Lunatic asylums Burma 1907-21 - 1907-1921
Year: 1907
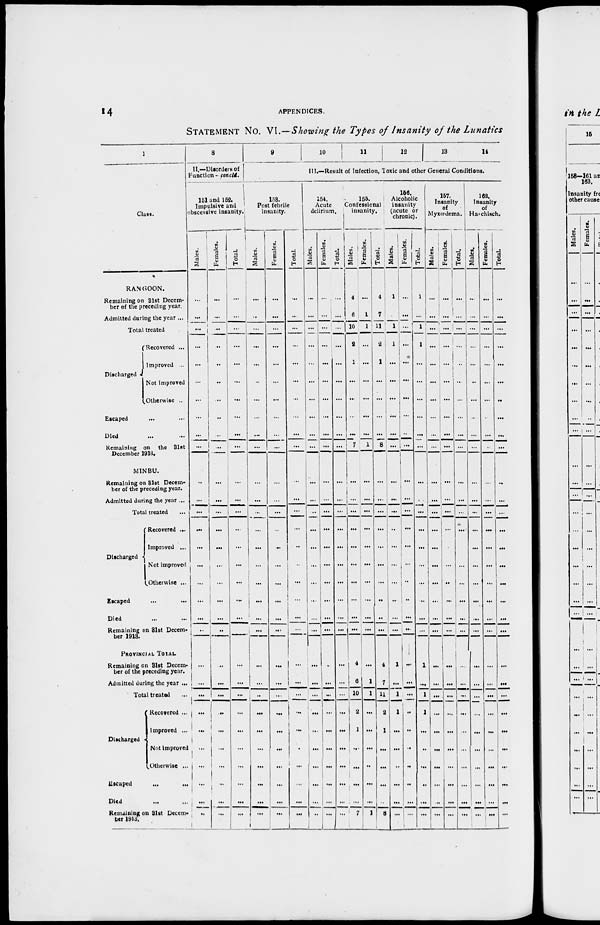
14
APPENDICES.
STATEMENT No. VI.—Showing the Types of Insanity of the Lunatics
1
Class.
RANGOON.
Remaining on 31st Decem-
ber of the preceding year.
Admitted during the year ...
Total treated ...
Discharged
Recovered ...
Improved ...
Not improved
Otherwise ...
Escaped ... ...
Died ... ...
Remaining on the 31st
December 1913.
MINBU.
Remaining on 31st Decem-
ber of the preceding year.
Admitted during the year ...
Total treated ...
Discharged
Recovered ...
Improved ...
Not improved
Otherwise ...
Escaped ... ...
Died ... ...
Remaining on 31st Decem-
ber 1913.
PROVINCIAL TOTAL.
Remaining on 31st Decem-
ber of the preceding year.
Admitted during the year ...
Total treated ...
Recovered ...
Improved ...
Not improved
Otherwise ...
Escaped ... ...
Died ... ...
Remaining on 31st Decem-
ber 1913.
8
II.—Disorder of
Function — concld.
151 and 152.
Impulsive and
obscessive insanity.
Males.
...
...
...
...
...
...
...
...
...
...
...
...
...
...
...
...
...
...
...
...
...
...
...
...
...
...
...
...
...
...
Females.
...
...
...
...
...
...
...
...
...
...
...
...
...
...
...
...
...
...
...
...
...
...
...
...
...
...
...
...
...
...
Total.
...
...
...
...
...
...
...
...
...
...
...
...
...
...
...
...
...
...
...
...
...
...
...
...
...
...
...
...
...
...
9
10
11
12
13
14
III.—Result of Infection, Toxic and other General Conditions.
153.
Post febrile
insanity.
Males.
...
...
...
...
...
...
...
...
...
...
...
...
...
...
...
...
...
...
...
...
...
...
...
...
...
...
...
...
...
...
Females.
...
...
...
...
...
...
...
...
...
...
...
...
...
...
...
...
...
...
...
...
...
...
...
...
...
...
...
...
...
...
Total.
...
...
...
...
...
...
...
...
...
...
...
...
...
...
...
...
...
...
...
...
...
...
...
...
...
...
...
...
...
...
154.
Acute
delirium.
Males.
...
...
...
...
...
...
...
...
...
...
...
...
...
...
...
...
...
...
...
...
...
...
...
...
...
...
...
...
...
...
Females.
...
...
...
...
...
...
...
...
...
...
...
...
...
...
...
...
...
...
...
...
...
...
...
...
...
...
...
...
...
...
Total.
...
...
...
...
...
...
...
...
...
...
...
...
...
...
...
...
...
...
...
...
...
...
...
...
...
...
...
...
...
...
155.
Confessional
insanity.
Males.
4
6
10
2
1
...
...
...
...
7
...
...
...
...
...
...
...
...
...
...
4
6
10
2
1
...
...
...
...
7
Females.
...
1
1
...
...
...
...
...
...
1
...
...
...
...
...
...
...
...
...
...
...
1
1
...
...
...
...
...
...
1
Total.
4
7
11
2
1
...
...
...
...
8
...
...
...
...
...
...
...
...
...
...
4
7
11
2
1
...
...
...
...
8
156.
Alcoholic
insanity
(acute or
chronic).
Males.
1
...
1
1
...
...
...
...
...
...
...
...
...
...
...
...
...
...
...
...
1
...
1
1
...
...
...
...
...
...
Females.
...
...
...
...
...
...
...
...
...
...
...
...
...
...
...
...
...
...
...
...
...
...
...
...
...
...
...
...
...
...
Total.
1
...
1
1
...
...
...
...
...
...
...
...
...
...
...
...
...
...
...
...
1
...
1
1
...
...
...
...
...
...
157.
Insanity
of
Myxœdema.
Males.
...
...
...
...
...
...
...
...
...
...
...
...
...
...
...
...
...
...
...
...
...
...
...
...
...
...
...
...
...
...
Females.
...
...
...
...
...
...
...
...
...
...
...
...
...
...
...
...
...
...
...
...
...
...
...
...
...
...
...
...
...
...
Total.
...
...
...
...
...
...
...
...
...
...
...
...
...
...
...
...
...
...
...
...
...
...
...
...
...
...
...
...
...
...
162.
Insanity
of
Haschisch.
Males.
...
...
...
...
...
...
...
...
...
...
...
...
...
...
...
...
...
...
...
...
...
...
...
...
...
...
...
...
...
...
Females.
...
...
...
...
...
...
...
...
...
...
...
...
...
...
...
...
...
...
...
...
...
...
...
...
...
...
...
...
...
...
Total.
...
...
...
...
...
...
...
...
...
...
...
...
...
...
...
...
...
...
...
...
...
...
...
...
...
...
...
...
...
...